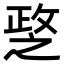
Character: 𢾘